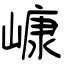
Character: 嵻